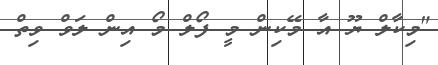
"މިކާލް ޔޫ އާ މޭކިން މީ ފޯލް މޯ އިން ލަވް ވިތް